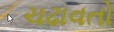
ચઢાવતો